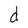
Character: d